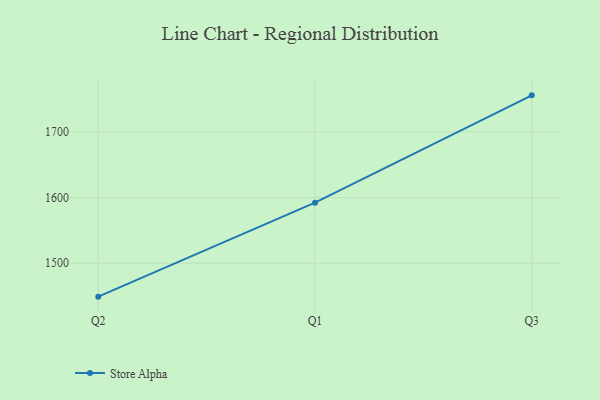
{"axis": {"x": "Quarter", "y": "Shipments"}, "legend": ["Store Alpha"], "data": [{"x": "Q2", "y": 1449.0, "type": "Store Alpha"}, {"x": "Q1", "y": 1592.2, "type": "Store Alpha"}, {"x": "Q3", "y": 1755.7, "type": "Store Alpha"}]}